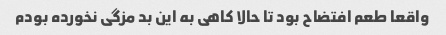
واقعا طعم افتضاح بود تا حالا کاهی به این بد مزگی نخورده بودم